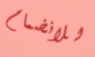
للانضمام